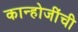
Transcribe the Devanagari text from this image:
कान्होजींची